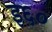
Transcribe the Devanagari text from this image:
इ६०